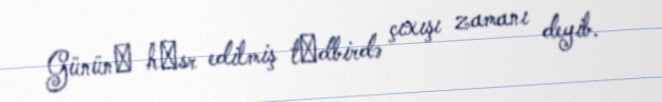
Gününә hәsr edilmiş tәdbirdə çıxışı zamanı deyib.